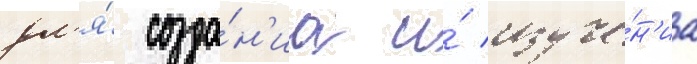
дл'я́ созда́н'иа и́ изуче́н'иа